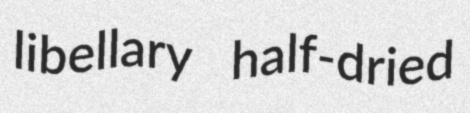
libellary half-dried